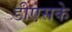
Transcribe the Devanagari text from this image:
डीएसके